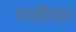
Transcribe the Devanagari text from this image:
पगड़ीदार